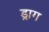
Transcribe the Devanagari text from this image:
ड्राग